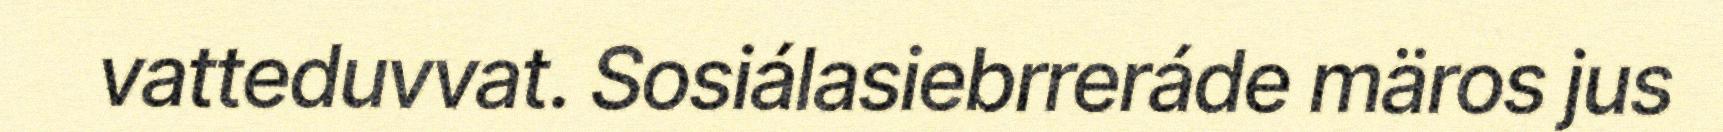
vatteduvvat. Sosiálasiebrreráde märos jus